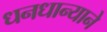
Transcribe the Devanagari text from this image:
धनधान्याने